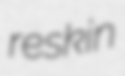
reskin